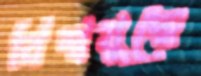
বিশ্বযুদ্ধে